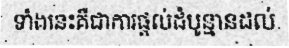
ទាំងនេះគឺជាការផ្តល់ដំបូន្មានដល់